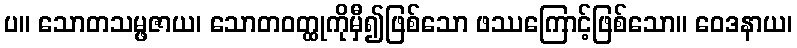
ပ။ သောတသမ္ဖဇာယ၊ သောတဝတ္ထုကိုမှီ၍ဖြစ်သော ဖဿကြောင့်ဖြစ်သော။ ဝေဒနာယ၊